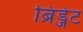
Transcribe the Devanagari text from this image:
ब्रिड्जेट